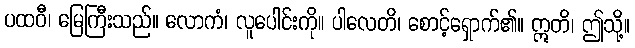
ပထဝီ၊ မြေကြီးသည်။ လောကံ၊ လူပေါင်းကို။ ပါလေတိ၊ စောင့်ရှောက်၏။ ဣတိ၊ ဤသို့။